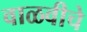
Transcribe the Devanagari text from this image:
वाळवीचे